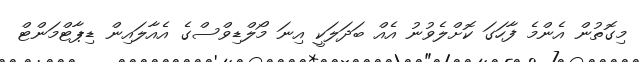
މިގޮތުން އެންމެ ފާހަގަ ކޮށްލެވުނު އެއް ބަދަލަކީ އިނަ މޯލްޑިވްސްގެ އެއާލައިން ޑިޕާޓްމަންޓް